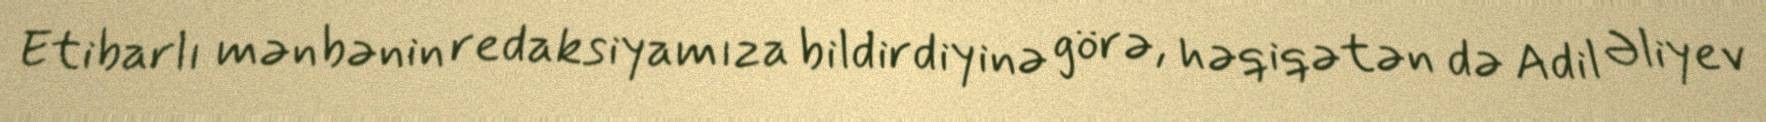
Etibarlı mənbənin redaksiyamıza bildirdiyinə görə, həqiqətən də Adil Əliyev